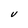
Character: V